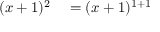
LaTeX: \begin{array} { r l r l } { ( x + 1 ) ^ { 2 } } & { { } = ( x + 1 ) ^ { 1 + 1 } } \end{array}